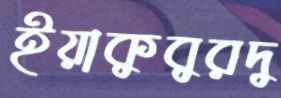
ইয়াকুবুরদু